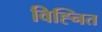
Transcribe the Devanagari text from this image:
विह्नित